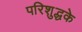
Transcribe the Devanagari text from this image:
परिशुद्धके